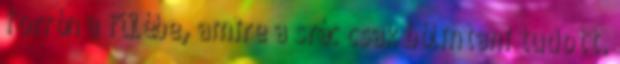
forrón a fülébe, amire a srác csak bólintani tudott.